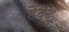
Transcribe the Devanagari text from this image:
हेंदेद